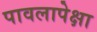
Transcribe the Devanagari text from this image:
पावलापेक्षा